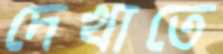
দেখাতে